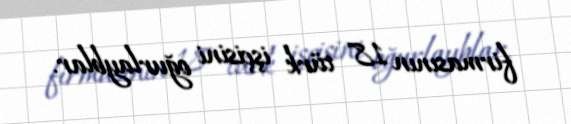
firmasının 18 türk işçisini oğurlayblar.